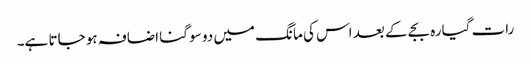
رات گیارہ بجے کے بعد اس کی مانگ میں دو سو گنا اضافہ ہو جاتا ہے۔